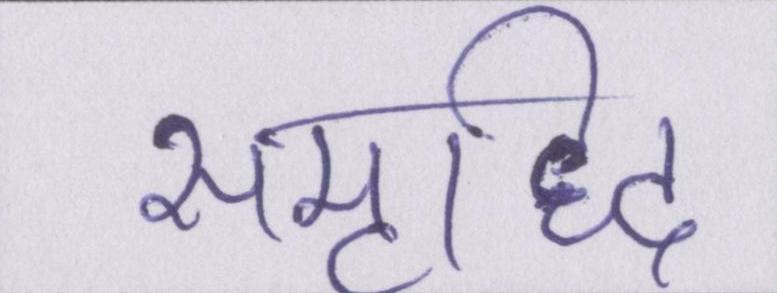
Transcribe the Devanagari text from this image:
समृध्दि